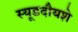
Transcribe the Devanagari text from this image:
स्यूडदौयशे